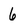
Character: 6